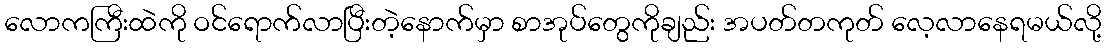
လောကကြီးထဲကို ဝင်ရောက်လာပြီးတဲ့နောက်မှာ စာအုပ်တွေကိုချည်း အပတ်တကုတ် လေ့လာနေရမယ်လို့